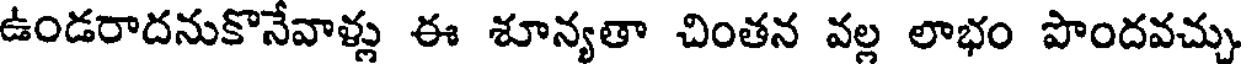
ఉండరాదనుకొనేవాళ్లు ఈ శూన్యతా చింతన వల్ల లాభం పొందవచ్చు